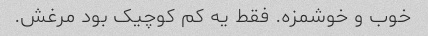
خوب و خوشمزه. فقط یه کم کوچیک بود مرغش.